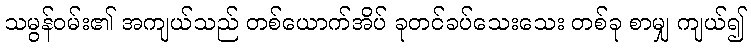
သမွန်ဝမ်း၏ အကျယ်သည် တစ်ယောက်အိပ် ခုတင်ခပ်သေးသေး တစ်ခု စာမျှ ကျယ်၍